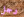
رجل